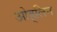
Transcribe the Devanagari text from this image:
ओह्‌लिन